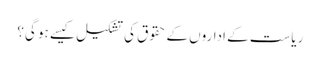
ریاست کے اداروں کے حقوق کی تشکیل کیسے ہو گی؟